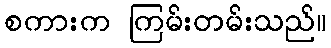
စကားက ကြမ်းတမ်းသည်။